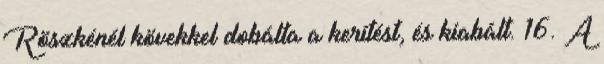
Röszkénél kövekkel dobálta a kerítést, és kiabált. 16. A